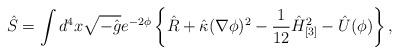
LaTeX: \begin{align*}\hat S = \int d^4 x \sqrt{-\hat g} e^{-2\phi} \left\{ \hat R + \hat \kappa ( \nabla \phi )^2 - \frac1{12} \hat H_{[3]}^2 - \hat U(\phi) \right\},\end{align*}